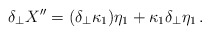
\begin{align*}\delta_\perp X'' = (\delta_\perp \kappa_1 ) \eta_1 + \kappa_1 \delta_\perp \eta_1\,.\end{align*}